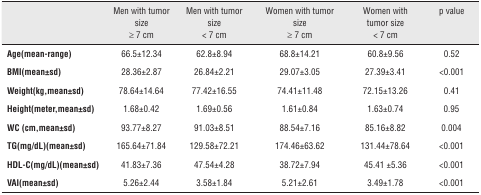
|  | Men with tumor size >7 cm | Men with tumor size < 7 cm | Women with tumor size >7 cm | Women with tumor size < 7 cm | p value |
 | --- | --- | --- | --- | --- | --- |
 | Age(mean-range) | 66.5±12.34 | 62.8±8.94 | 68.8±14.21 | 60.8±9.56 | 0.52 |
 | BMI(mean±sd) | 28.36±2.87 | 26.84±2.21 | 29.07±3.05 | 27.39±3.41 | <0.001 |
 | Weight(kg, mean±sd) | 78.64±14.64 | 77.42±16.55 | 74.41±11.48 | 72.15±13.26 | 0.41 |
 | Height(meter, mean±sd) | 1.68±0.42 | 1.69±0.56 | 1.61±0.84 | 1.63±0.74 | 0.95 |
 | WC (cm, mean±sd) | 93.77±8.27 | 91.03±8.51 | 88.54±7.16 | 85.16±8.82 | 0.004 |
 | TG(mg/dL)(mean±sd) | 165.64±71.84 | 129.58±72.21 | 174.46±63.62 | 131.44±78.64 | <0.001 |
 | HDL-C(mg/dL)(mean±sd) | 41.83±7.36 | 47.54±4.28 | 38.72±7.94 | 45.41 ±5.36 | <0.001 |
 | VAI(mean±sd) | 5.26±2.44 | 3.58±1.84 | 5.21±2.61 | 3.49±1.78 | <0.001 |